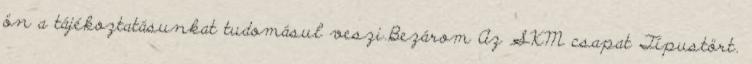
ön a tájékoztatásunkat tudomásul veszi.Bezárom Az SKM csapat Típustört.